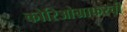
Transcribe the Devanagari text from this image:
कोरिओग्राफरची